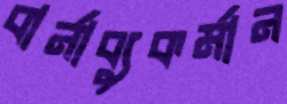
বার্নাব্যুকর্মান